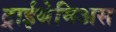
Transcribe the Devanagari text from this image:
ट्राईथेमिअस